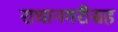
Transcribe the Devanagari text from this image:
राधानगरीसह